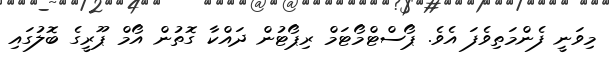
މިވަނީ ފެންމަތިވެފަ އެވެ. ޕޯސްޓްމޯޓަމް ރިޕޯޓުން ދައްކާ ގޮތުން އޯމް ޕޫރީގެ ބޮލުގައި